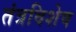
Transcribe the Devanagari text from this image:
तंत्रविशेष